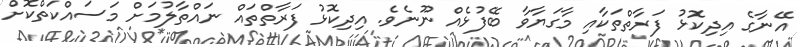
އޭނާގެ އިދިކޮޅު ފަރާތްތަކާއި މާގަޔާވާ ބޭފުޅެއް ނޫނެވެ. އިދިކޮޅު ފަރާތްތައް ނައްތާލުމަށް މަސައްކަތްކޮށް